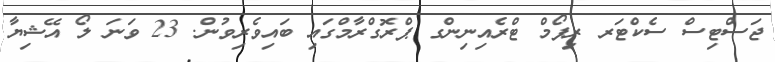
ޖަސްޓިސް ސެކްޓަރ ރިފޯމް ޓްރެއިނިންގ ޕްރޮގްރާމްގައި ބައިވެރިވުން. 23 ވަނަ ލޯ އޭޝިޔާ